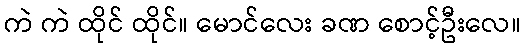
ကဲ ကဲ ထိုင် ထိုင်။ မောင်လေး ခဏ စောင့်ဦးလေ။